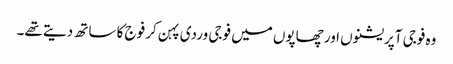
وہ فوجی آپریشنوں اور چھاپوں میں فوجی وردی پہن کر فوج کا ساتھ دیتے تھے۔